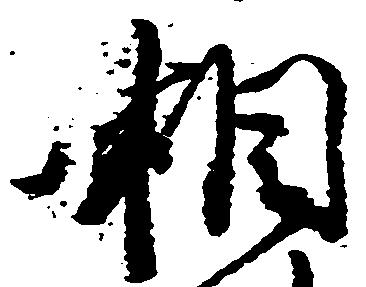
相